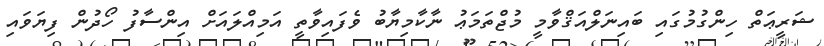
ޝަރީޢަތް ހިންގުމުގައި ބައިނަލްއަޤްވާމީ މުޖްތަމަޢު ނާކާމިޔާބު ވެފައިވާތީ އަމިއްލައަށް އިންސާފު ހޯދުން ފިޔަވައި